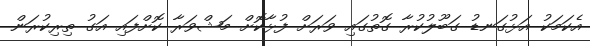
އެކަމަކު އަޅުގަނޑު ގަބޫލުކުރާ ގޮތުގައި ވަރަށް ފުޅާކޮށް މަޝްވަރާ ކޮށްފައި އަގު ތިރިކުރަން